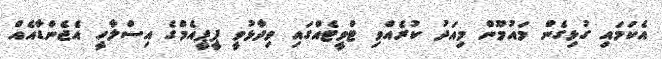
އެކަމައި ގުޅިގެން މައުމޫން މިއަދު ކުރެއްވި ޓްވީޓެއްގައި ވިދާޅުވީ ޕީޕީއެމްގެ އިސްލާހީ އެޖެންޑާއެއް